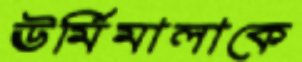
ঊর্মিমালাকে